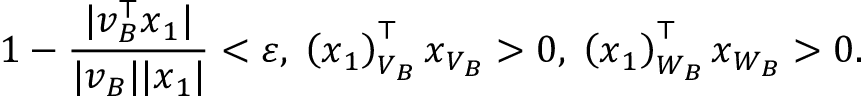
1 - \frac { | \boldsymbol { v } _ { B } ^ { \top } \boldsymbol { x } _ { 1 } | } { | \boldsymbol { v } _ { B } | | \boldsymbol { x } _ { 1 } | } < \varepsilon , \; \left( \boldsymbol { x } _ { 1 } \right) _ { V _ { B } } ^ { \top } \boldsymbol { x } _ { V _ { B } } > 0 , \; \left( \boldsymbol { x } _ { 1 } \right) _ { W _ { B } } ^ { \top } \boldsymbol { x } _ { W _ { B } } > 0 .